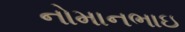
નોમાનભાઇ